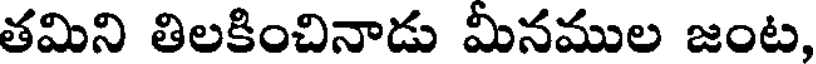
తమిని తిలకించినాడు మీనముల జంట,